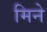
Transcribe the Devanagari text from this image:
मिने